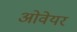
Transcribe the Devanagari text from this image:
ओवेयर